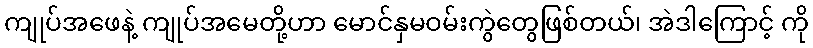
ကျုပ်အဖေနဲ့ ကျုပ်အမေတို့ဟာ မောင်နှမဝမ်းကွဲတွေဖြစ်တယ်၊ အဲဒါကြောင့် ကို